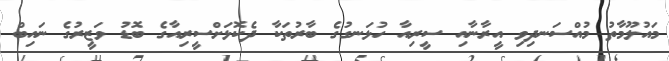
މައުލޫމާތު މުއްސަނދިވި އީރާނާއި ސީރިއާ ހުޅަނގުގެ ބާރުތަކާ ދެކޮޅަށްސީރިއާގެ ބޮޑު ވަޒީރުގެ ނައިބް